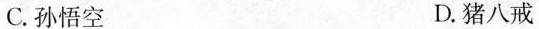
C.孙悟空 D.猪八戒